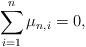
LaTeX: \begin{align*} \sum_{i=1}^n \mu_{n,i}= 0,\end{align*}